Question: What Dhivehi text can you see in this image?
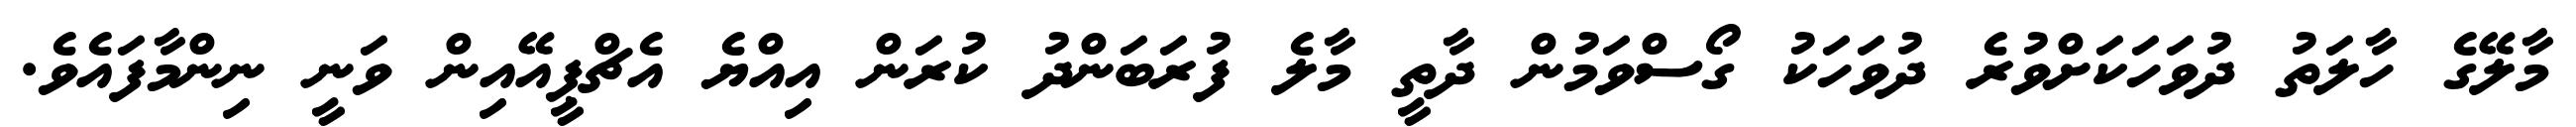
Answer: މާލޭގެ ހާލަތު ދުވަހަކަށްވުރެ ދުވަހަކު ގޯސްވަމުން ދާތީ މާލެ ފުރަބަންދު ކުރަން އިއްޔެ އެޗްޕީއޭއިން ވަނީ ނިންމާފައެވެ.